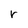
Character: r